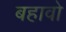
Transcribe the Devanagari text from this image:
बहावो